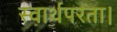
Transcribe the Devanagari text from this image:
स्वार्थपरता।